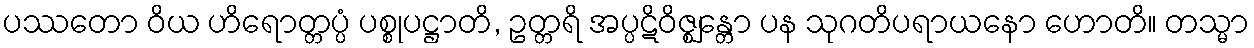
ပဿတော ဝိယ ဟိရောတ္တပ္ပံ ပစ္စုပဋ္ဌာတိ, ဥတ္တရိ အပ္ပဋိဝိဇ္ဈန္တော ပန သုဂတိပရာယနော ဟောတိ။ တသ္မာ